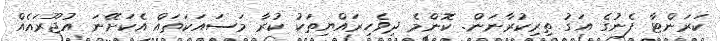
ކަރަންޓާ ފެނުގެ އަގު ތިރިކުރާނަން. ކޮންމެ ދިވެހިރައްޔިތަކު ކުރާ މަސައަކަތައް އެކަށޭނަ އުޖޫރައެއް